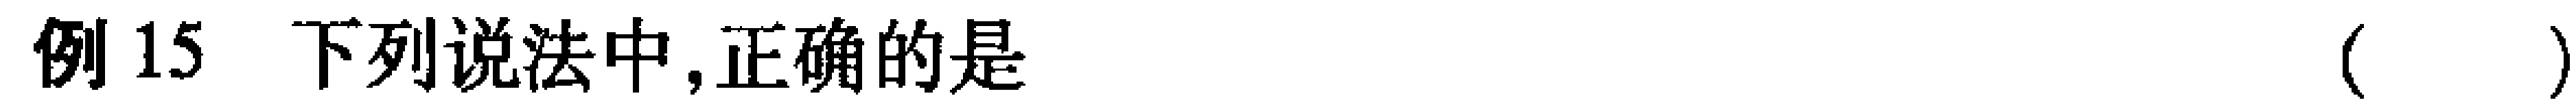
例 15 下列说法中,正确的是（  ）